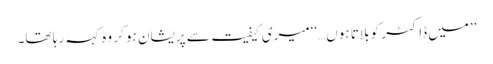
’’میں ڈاکٹر کو بلاتا ہوں…‘‘میری کیفیت سے پریشان ہو کر وہ کہہ رہا تھا۔